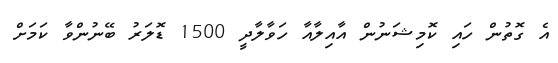
އެ ގޮތުން ހައި ކޮމިޝަނުން އާއިލާއާ ހަވާލާދީ 1500 ޑޮލަރު ބޭނުންވާ ކަމަށް